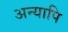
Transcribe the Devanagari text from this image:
अन्यापि